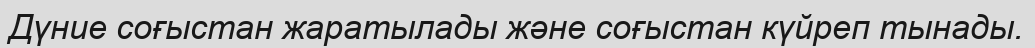
Дүние соғыстан жаратылады және соғыстан күйреп тынады.